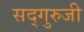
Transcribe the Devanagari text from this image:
सद्गुरुजी